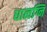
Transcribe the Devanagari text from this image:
धात्वग्नि